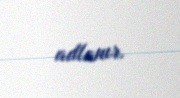
adlanır.